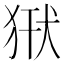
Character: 𤞿